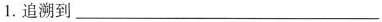
1.追溯到___